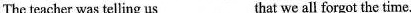
The teacher was telling us ___ that we all forgot the time.